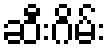
ဆီးဂိမ်း